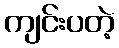
ကျင်းပတဲ့